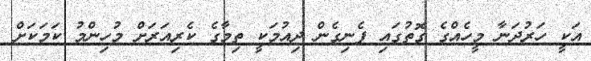
އަކީ ހަރުދަނާ މީހެއްގެ ގޮތުގައި ފެނިގެން ދިއުމަކީ ތިމާގެ ކެރިއަރަށް މުހިންމު ކަމަކަށް